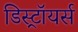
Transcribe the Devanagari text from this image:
डिस्ट्रॉयर्स